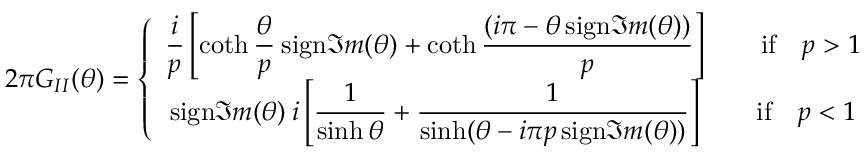
2 \pi G _ { I I } ( \theta ) = \left\{ \begin{array} { c } { { \displaystyle \displaystyle \frac { i } { p } \left[ \coth \displaystyle \frac { \theta } { p } \: \mathrm { s i g n } \Im m ( \theta ) + \coth \displaystyle \frac { ( i \pi - \theta \, \mathrm { s i g n } \Im m ( \theta ) ) } { p } \right] \qquad \mathrm { i f } \quad p > 1 } } \\ { { \mathrm { s i g n } \Im m ( \theta ) \: i \left[ \displaystyle \frac { 1 } { \sinh \theta } + \displaystyle \frac { 1 } { \sinh ( \theta - i \pi p \, \mathrm { s i g n } \Im m ( \theta ) ) } \right] \qquad \mathrm { i f } \quad p < 1 } } \end{array} \right.